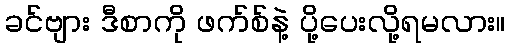
ခင်ဗျား ဒီစာကို ဖက်စ်နဲ့ ပို့ပေးလို့ရမလား။